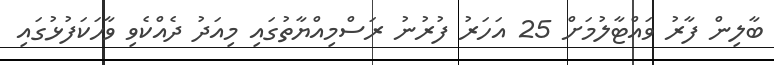
ބާލިން ފާރު ވައްޓާލުމަށް 25 އަހަރު ފުރުނު ރަސްމިއްޔާތުގައި މިއަދު ދެއްކެވި ވާހަކަފުޅުގައި